Report of the Indian Hemp Drugs Commission, 1894-1895 - Volume I
Year: 1894
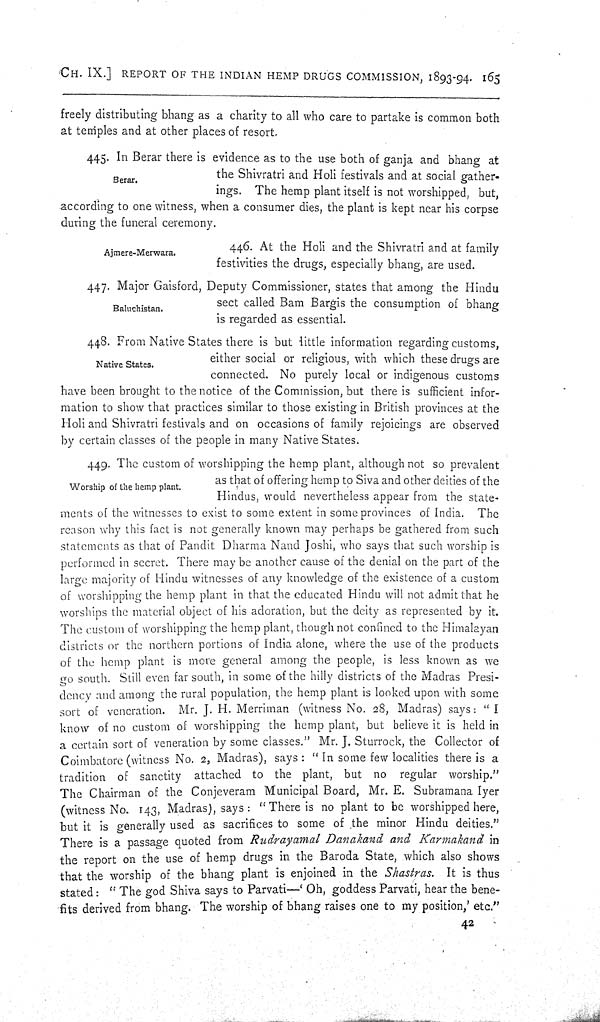
CH. IX.] REPORT OF THE INDIAN HEMP DRUGS COMMISSION, 1893-94. 165
freely distributing bhang as a charity to all who care to partake is common both
at temples and at other places of resort.
Berar.
445. In Berar there is evidence as to the use both of ganja and bhang at
the Shivratri and Holi festivals and at social gather-
ings. The hemp plant itself is not worshipped, but,
according to one witness, when a consumer dies, the plant is kept near his corpse
during the funeral ceremony.
Ajmere-Merwara.
446. At the Holi and the Shivratri and at family
festivities the drugs, especially bhang, are used.
Baluchistan.
447. Major Gaisford, Deputy Commissioner, states that among the Hindu
sect called Bam Bargis the consumption of bhang
is regarded as essential.
Native States.
448. From Native States there is but little information regarding customs,
either social or religious, with which these drugs are
connected. No purely local or indigenous customs
have been brought to the notice of the Commission, but there is sufficient infor-
mation to show that practices similar to those existing in British provinces at the
Holi and Shivratri festivals and on occasions of family rejoicings are observed
by certain classes of the people in many Native States.
Worship of the hemp plant.
449. The custom of worshipping the hemp plant, although not so prevalent
as that of offering hemp to Siva and other deities of the
Hindus, would nevertheless appear from the state-
ments of the witnesses to exist to some extent in some provinces of India. The
reason why this fact is not generally known may perhaps be gathered from such
statements as that of Pandit Dharma Nand Joshi, who says that such worship is
performed in secret. There may be another cause of the denial on the part of the
large majority of Hindu witnesses of any knowledge of the existence of a custom
of worshipping the hemp plant in that the educated Hindu will not admit that he
worships the material object of his adoration, but the deity as represented by it.
The custom of worshipping the hemp plant, though not confined to the Himalayan
districts or the northern portions of India alone, where the use of the products
of the hemp plant is more general among the people, is less known as we
go south. Still even far south, in some of the hilly districts of the Madras Presi-
dency and among the rural population, the hemp plant is looked upon with some
sort of veneration. Mr. J. H. Merriman (witness No. 28, Madras) says: "I
know of no custom of worshipping the hemp plant, but believe it is held in
a certain sort of veneration by some classes." Mr. J. Sturrock, the Collector of
Coimbatorc (witness No. 2, Madras), says: "In some few localities there is a
tradition of sanctity attached to the plant, but no regular worship."
The Chairman of the Conjeveram Municipal Board, Mr. E. Subramana Iyer
(witness No. 143, Madras), says: "There is no plant to be worshipped here,
but it is generally used as sacrifices to some of the minor Hindu deities."
There is a passage quoted from Rudrayamal Danakand and Karmakand in
the report on the use of hemp drugs in the Baroda State, which also shows
that the worship of the bhang plant is enjoined in the Shastras. It is thus
stated: "The god Shiva says to Parvati— 'Oh, goddess Parvati, hear the bene-
fits derived from bhang. The worship of bhang raises one to my position,' etc."
42